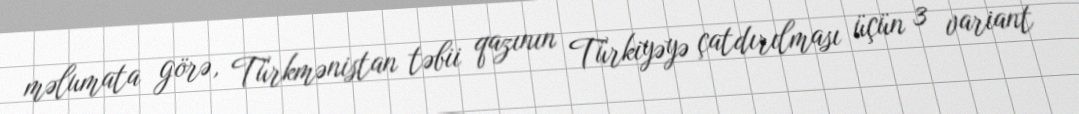
məlumata görə, Türkmənistan təbii qazının Türkiyəyə çatdırılması üçün 3 variant